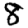
Digit: 8